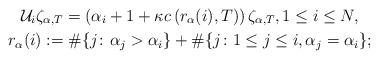
LaTeX: \begin{gather*}\mathcal{U}_{i}\zeta_{\alpha,T} =\left( \alpha_{i}+1+\kappa c\left(r_{\alpha}(i) ,T\right) \right) \zeta_{\alpha,T}, 1\leq i\leq N,\\r_{\alpha}(i) :=\#\{ j\colon \alpha_{j}>\alpha_{i}\}+\# \{ j\colon 1\leq j\leq i,\alpha_{j}=\alpha_{i} \} ;\end{gather*}